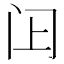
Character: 𬮛